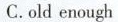
C.old enough